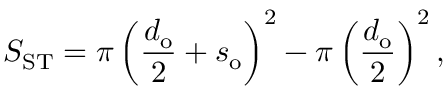
S _ { \mathrm { S T } } = \pi \left( \frac { d _ { \mathrm { o } } } { 2 } + s _ { \mathrm { o } } \right) ^ { 2 } - \pi \left( \frac { d _ { \mathrm { o } } } { 2 } \right) ^ { 2 } ,